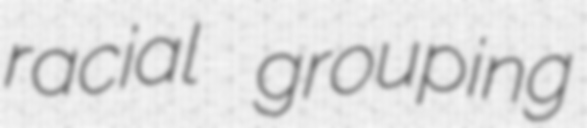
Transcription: racial grouping